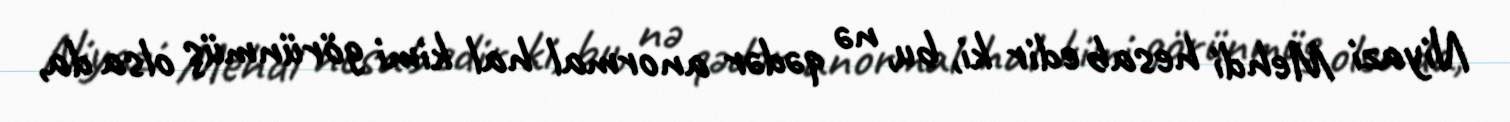
Niyazi Mehdi hesab edir ki, bu, nə qədər anormal hal kimi görünmüş olsa da,